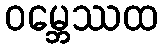
ဝမ္ဘေဿထ